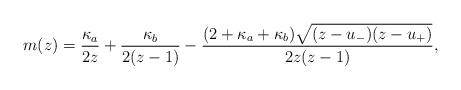
LaTeX: \begin{align*}m(z) = \frac{\kappa_a}{2z} + \frac{\kappa_b}{2(z - 1)} -\frac{(2+\kappa_a + \kappa_b) \sqrt{(z- u_-)(z - u_+)}}{2 z ( z -1)},\end{align*}